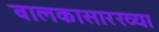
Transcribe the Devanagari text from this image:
बालकासारख्या